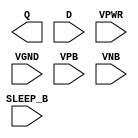
module sky130_fd_sc_lp__inputisolatch (
    Q      ,
    D      ,
    SLEEP_B,
    VPWR   ,
    VGND   ,
    VPB    ,
    VNB
);

    output Q      ;
    input  D      ;
    input  SLEEP_B;
    input  VPWR   ;
    input  VGND   ;
    input  VPB    ;
    input  VNB    ;
endmodule